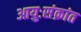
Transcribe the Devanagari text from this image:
आयुःसंक्रांत